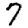
Digit: 7